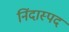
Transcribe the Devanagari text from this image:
निंदास्पद